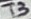
Text: T3